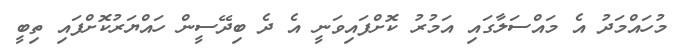
މުހައްމަދު އެ މައްސަލާގައި އަމުރު ކޮށްފައިވަނީ އެ ދެ ބިދޭސީން ހައްޔަރުކޮށްފައި ތިބީ